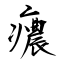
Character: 癑